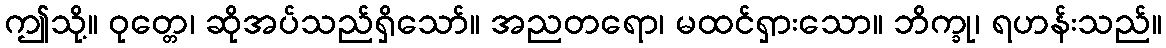
ဤသို့။ ဝုတ္တေ၊ ဆိုအပ်သည်ရှိသော်။ အညတရော၊ မထင်ရှားသော။ ဘိက္ခု၊ ရဟန်းသည်။